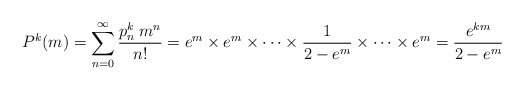
\begin{align*}P^{k}(m)=\sum\limits_{n=0}^{\infty}\frac{p^k_n\: m^n}{n!}=e^m\times e^m\times\cdots\times\frac{1}{2-e^m}\times\cdots\times e^m=\frac{e^{km}}{2-e^m}\end{align*}